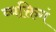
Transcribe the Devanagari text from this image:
व्यक्तिगं